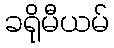
ခရိုမီယမ်